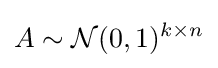
A\sim {\mathcal {N}}(0,1)^{k\times n}